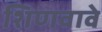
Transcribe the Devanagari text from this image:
शिणवावे